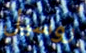
روسيل